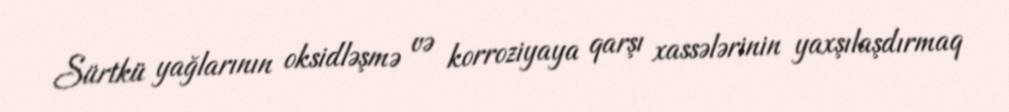
Sürtkü yağlarının oksidləşmə və korroziyaya qarşı xassələrinin yaxşılaşdırmaq